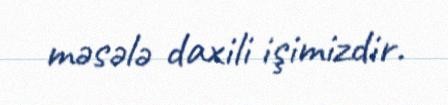
məsələ daxili işimizdir.